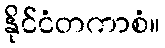
နိုင်ငံတကာစံ။